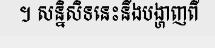
។ សន្និសិទនេះនឹងបង្ហាញពី